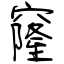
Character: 窿